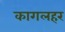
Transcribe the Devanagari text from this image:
कागलहर